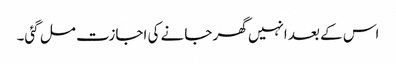
اس کے بعد انہیں گھر جانے کی اجازت مل گئی۔